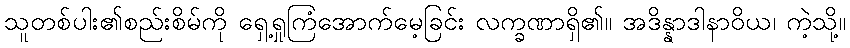
သူတစ်ပါး၏စည်းစိမ်ကို ရှေ့ရှုကြံအောက်မေ့ခြင်း လက္ခဏာရှိ၏။ အဒိန္နာဒါနာဝိယ၊ ကဲ့သို့။